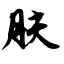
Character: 肤